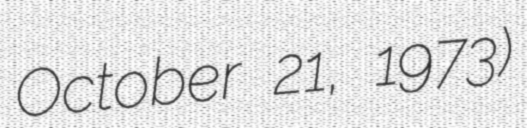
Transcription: October 21, 1973)